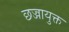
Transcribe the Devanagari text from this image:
छज्जायुक्त